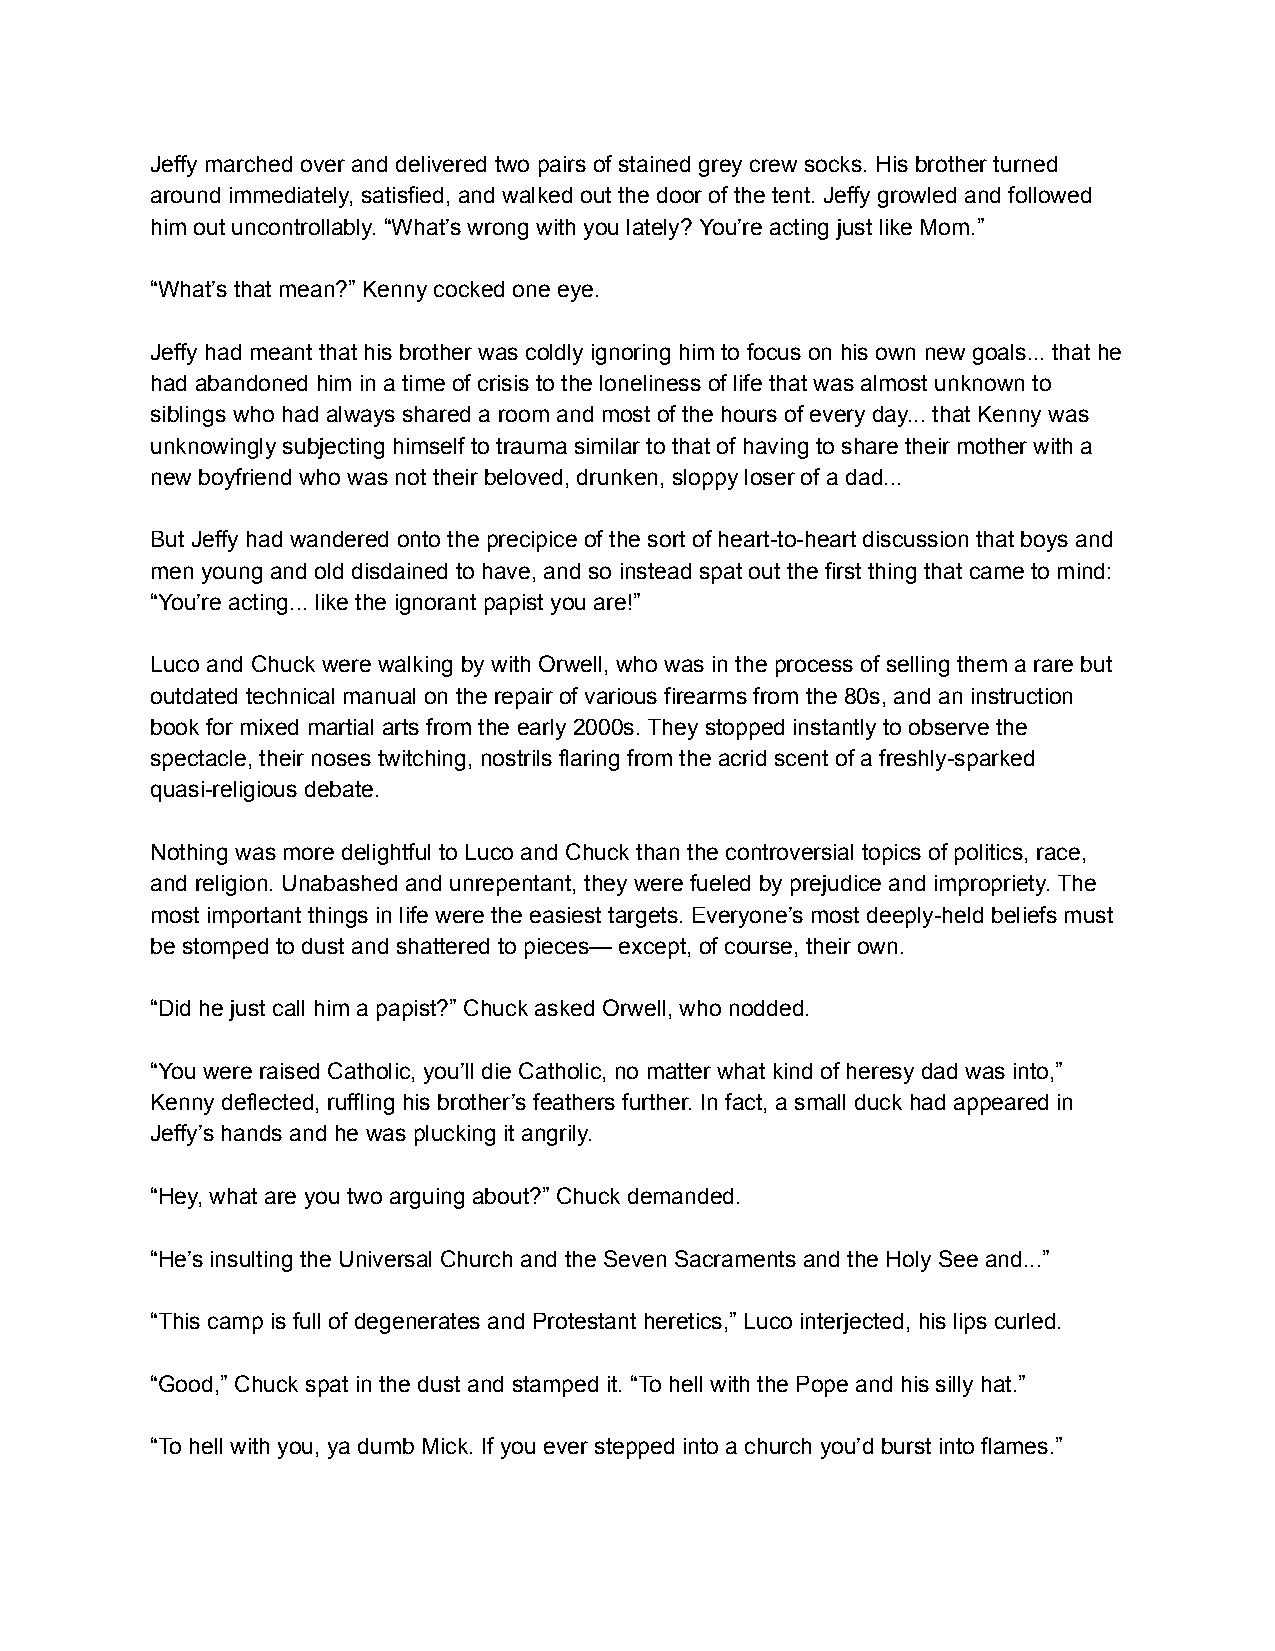
Jeffy marched over and delivered two pairs of stained grey crew socks. His brother turned
 around immediately, satisfied, and walked out the door of the tent. Jeffy growled and followed
 him out uncontrollably. “What’s wrong with you lately? You’re acting just like Mom.”
 “What’s that mean?” Kenny cocked one eye.
 Jeffy had meant that his brother was coldly ignoring him to focus on his own new goals... that he
 had abandoned him in a time of crisis to the loneliness of life that was almost unknown to
 siblings who had always shared a room and most of the hours of every day... that Kenny was
 unknowingly subjecting himself to trauma similar to that of having to share their mother with a
 new boyfriend who was not their beloved, drunken, sloppy loser of a dad...
 But Jeffy had wandered onto the precipice of the sort of heart-to-heart discussion that boys and
 men young and old disdained to have, and so instead spat out the first thing that came to mind:
 “You’re acting... like the ignorant papist you are!”
 Luco and Chuck were walking by with Orwell, who was in the process of selling them a rare but
 outdated technical manual on the repair of various firearms from the 80s, and an instruction
 book for mixed martial arts from the early 2000s. They stopped instantly to observe the
 spectacle, their noses twitching, nostrils flaring from the acrid scent of a freshly-sparked
 quasi-religious debate.
 Nothing was more delightful to Luco and Chuck than the controversial topics of politics, race,
 and religion. Unabashed and unrepentant, they were fueled by prejudice and impropriety. The
 most important things in life were the easiest targets. Everyone’s most deeply-held beliefs must
 be stomped to dust and shattered to pieces— except, of course, their own.
 “Did he just call him a papist?” Chuck asked Orwell, who nodded.
 “You were raised Catholic, you’ll die Catholic, no matter what kind of heresy dad was into,”
 Kenny deflected, ruffling his brother’s feathers further. In fact, a small duck had appeared in
 Jeffy’s hands and he was plucking it angrily.
 “Hey, what are you two arguing about?” Chuck demanded.
 “He’s insulting the Universal Church and the Seven Sacraments and the Holy See and...”
 “This camp is full of degenerates and Protestant heretics,” Luco interjected, his lips curled.
 “Good,” Chuck spat in the dust and stamped it. “To hell with the Pope and his silly hat.”
 “To hell with you, ya dumb Mick. If you ever stepped into a church you’d burst into flames.”